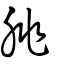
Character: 朓